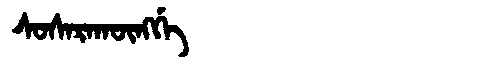
Manchu: ᠰᠣᠰᠠᡵᠠᡴᡡᠩᡤᡝ
Romanization: SOSARAKŪNGGE